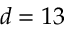
d = 1 3